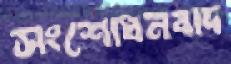
সংশোধনবাদ